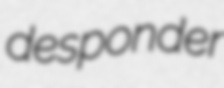
desponder